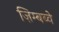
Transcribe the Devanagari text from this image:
ज़िम्बब्वे